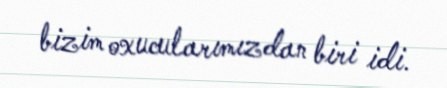
bizim oxucularımızdan biri idi.